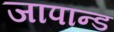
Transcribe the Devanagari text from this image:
जापान्ड